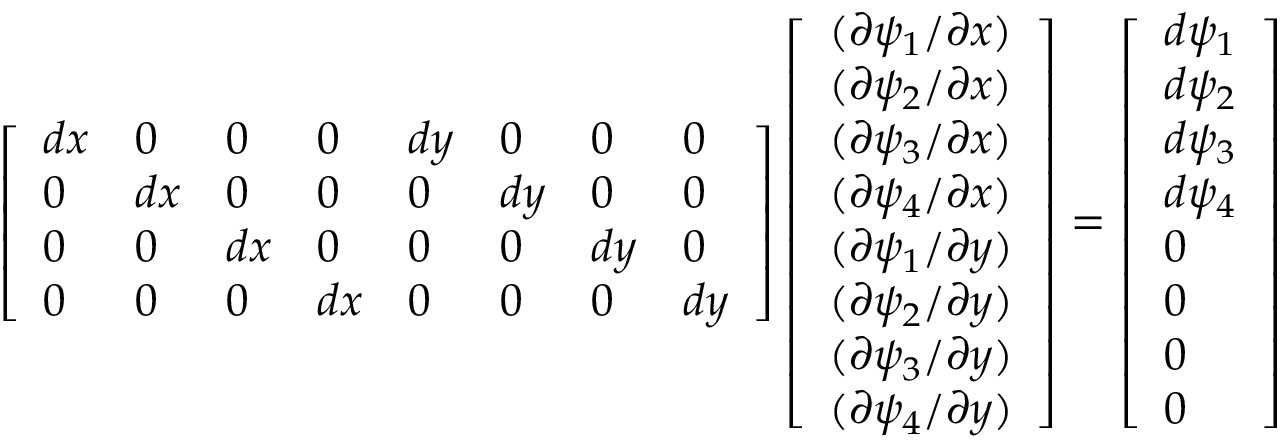
\left[ \begin{array} { l l l l l l l l } { d x } & { 0 } & { 0 } & { 0 } & { d y } & { 0 } & { 0 } & { 0 } \\ { 0 } & { d x } & { 0 } & { 0 } & { 0 } & { d y } & { 0 } & { 0 } \\ { 0 } & { 0 } & { d x } & { 0 } & { 0 } & { 0 } & { d y } & { 0 } \\ { 0 } & { 0 } & { 0 } & { d x } & { 0 } & { 0 } & { 0 } & { d y } \end{array} \right] \left[ \begin{array} { l } { ( \partial \psi _ { 1 } / \partial x ) } \\ { ( \partial \psi _ { 2 } / \partial x ) } \\ { ( \partial \psi _ { 3 } / \partial x ) } \\ { ( \partial \psi _ { 4 } / \partial x ) } \\ { ( \partial \psi _ { 1 } / \partial y ) } \\ { ( \partial \psi _ { 2 } / \partial y ) } \\ { ( \partial \psi _ { 3 } / \partial y ) } \\ { ( \partial \psi _ { 4 } / \partial y ) } \end{array} \right] = \left[ \begin{array} { l } { d \psi _ { 1 } } \\ { d \psi _ { 2 } } \\ { d \psi _ { 3 } } \\ { d \psi _ { 4 } } \\ { 0 } \\ { 0 } \\ { 0 } \\ { 0 } \end{array} \right]